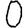
Digit: 0